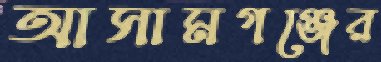
আসামগঞ্জের